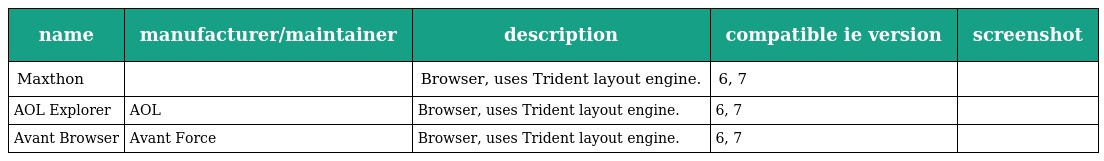
| name | manufacturer/maintainer | description | compatible ie version | screenshot |
 | --- | --- | --- | --- | --- |
 | Maxthon |  | Browser, uses Trident layout engine. | 6, 7 |  |
 | AOL Explorer | AOL | Browser, uses Trident layout engine. | 6, 7 |  |
 | Avant Browser | Avant Force | Browser, uses Trident layout engine. | 6, 7 |  |